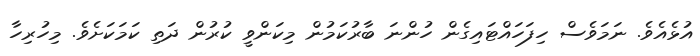
އުޅެއެވެ. ނަމަވެސް ހިފަހައްޓައިގެން ހުންނަ ބާރުކަމުން މިކަންވީ ކުރުން ދަތި ކަމަކަށެވެ. މިހުރިހާ